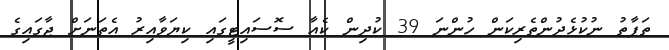
ތަފާތު ނުކުޅެދުންތެރިކަން ހުންނަ 39 ކުދިން ކެއާ ސޮސައިޓީގައި ކިޔަވާއިރު އެތަނަށް ޖާގައިގެ